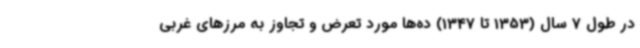
در طول 7 سال (1353 تا 1347) ده‌ها مورد تعرض و تجاوز به مرزهای غربی